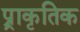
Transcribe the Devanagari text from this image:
प्र्राकृतिक